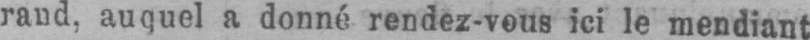
rand, auquel a donné rendez-vous ici le mendiant